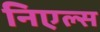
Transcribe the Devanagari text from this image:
निएल्स